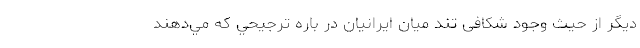
ديگر از حيث وجود شكافی تند ميان ايرانيان در باره ترجيحي كه مي‌دهند